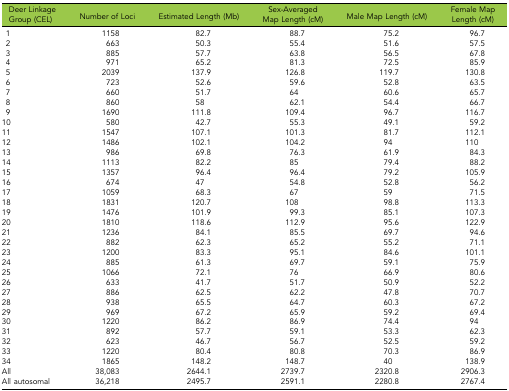
<table><thead><tr><td><b>Deer Linkage Group (CEL)</b></td><td><b>Number of Loci</b></td><td><b>Estimated Length (Mb)</b></td><td><b>Sex-Averaged Map Length (cM)</b></td><td><b>Male Map Length (cM)</b></td><td><b>Female Map Length (cM)</b></td></tr></thead><tbody><tr><td>1</td><td>1158</td><td>82.7</td><td>88.7</td><td>75.2</td><td>96.7</td></tr><tr><td>2</td><td>663</td><td>50.3</td><td>55.4</td><td>51.6</td><td>57.5</td></tr><tr><td>3</td><td>885</td><td>57.7</td><td>63.8</td><td>56.5</td><td>67.8</td></tr><tr><td>4</td><td>971</td><td>65.2</td><td>81.3</td><td>72.5</td><td>85.9</td></tr><tr><td>5</td><td>2039</td><td>137.9</td><td>126.8</td><td>119.7</td><td>130.8</td></tr><tr><td>6</td><td>723</td><td>52.6</td><td>59.6</td><td>52.8</td><td>63.5</td></tr><tr><td>7</td><td>660</td><td>51.7</td><td>64</td><td>60.6</td><td>65.7</td></tr><tr><td>8</td><td>860</td><td>58</td><td>62.1</td><td>54.4</td><td>66.7</td></tr><tr><td>9</td><td>1690</td><td>111.8</td><td>109.4</td><td>96.7</td><td>116.7</td></tr><tr><td>10</td><td>580</td><td>42.7</td><td>55.3</td><td>49.1</td><td>59.2</td></tr><tr><td>11</td><td>1547</td><td>107.1</td><td>101.3</td><td>81.7</td><td>112.1</td></tr><tr><td>12</td><td>1486</td><td>102.1</td><td>104.2</td><td>94</td><td>110</td></tr><tr><td>13</td><td>986</td><td>69.8</td><td>76.3</td><td>61.9</td><td>84.3</td></tr><tr><td>14</td><td>1113</td><td>82.2</td><td>85</td><td>79.4</td><td>88.2</td></tr><tr><td>15</td><td>1357</td><td>96.4</td><td>96.4</td><td>79.2</td><td>105.9</td></tr><tr><td>16</td><td>674</td><td>47</td><td>54.8</td><td>52.8</td><td>56.2</td></tr><tr><td>17</td><td>1059</td><td>68.3</td><td>67</td><td>59</td><td>71.5</td></tr><tr><td>18</td><td>1831</td><td>120.7</td><td>108</td><td>98.8</td><td>113.3</td></tr><tr><td>19</td><td>1476</td><td>101.9</td><td>99.3</td><td>85.1</td><td>107.3</td></tr><tr><td>20</td><td>1810</td><td>118.6</td><td>112.9</td><td>95.6</td><td>122.9</td></tr><tr><td>21</td><td>1236</td><td>84.1</td><td>85.5</td><td>69.7</td><td>94.6</td></tr><tr><td>22</td><td>882</td><td>62.3</td><td>65.2</td><td>55.2</td><td>71.1</td></tr><tr><td>23</td><td>1200</td><td>83.3</td><td>95.1</td><td>84.6</td><td>101.1</td></tr><tr><td>24</td><td>885</td><td>61.3</td><td>69.7</td><td>59.1</td><td>75.9</td></tr><tr><td>25</td><td>1066</td><td>72.1</td><td>76</td><td>66.9</td><td>80.6</td></tr><tr><td>26</td><td>633</td><td>41.7</td><td>51.7</td><td>50.9</td><td>52.2</td></tr><tr><td>27</td><td>886</td><td>62.5</td><td>62.2</td><td>47.8</td><td>70.7</td></tr><tr><td>28</td><td>938</td><td>65.5</td><td>64.7</td><td>60.3</td><td>67.2</td></tr><tr><td>29</td><td>969</td><td>67.2</td><td>65.9</td><td>59.2</td><td>69.4</td></tr><tr><td>30</td><td>1220</td><td>86.2</td><td>86.9</td><td>74.4</td><td>94</td></tr><tr><td>31</td><td>892</td><td>57.7</td><td>59.1</td><td>53.3</td><td>62.3</td></tr><tr><td>32</td><td>623</td><td>46.7</td><td>56.7</td><td>52.5</td><td>59.2</td></tr><tr><td>33</td><td>1220</td><td>80.4</td><td>80.8</td><td>70.3</td><td>86.9</td></tr><tr><td>34</td><td>1865</td><td>148.2</td><td>148.7</td><td>40</td><td>138.9</td></tr><tr><td>All</td><td>38,083</td><td>2644.1</td><td>2739.7</td><td>2320.8</td><td>2906.3</td></tr><tr><td>All autosomal</td><td>36,218</td><td>2495.7</td><td>2591.1</td><td>2280.8</td><td>2767.4</td></tr></tbody></table>